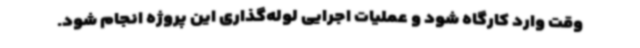
وقت وارد کارگاه شود و عملیات اجرایی لوله‌گذاری این پروژه انجام شود.